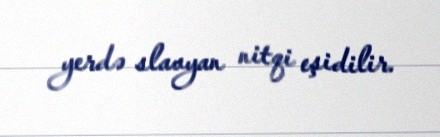
yerdə slavyan nitqi eşidilir.